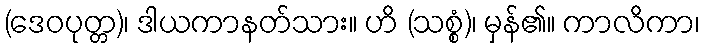
(ဒေဝပုတ္တ)၊ ဒါယကာနတ်သား။ ဟိ (သစ္စံ)၊ မှန်၏။ ကာလိကာ၊